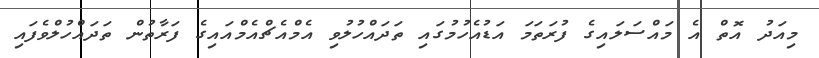
މިއަދު އޮތް އެ މައްސަލައިގެ ފުރަތަމަ އަޑުއެހުމުގައި ތަދައްހުލުވި އެމްއެޗްއެމްއައިގެ ފަރާތުން ތަދައްހުލްވެފައި